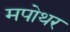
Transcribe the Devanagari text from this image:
मपोथर